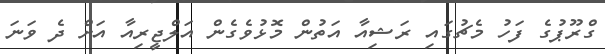
ގްރޫޕުގެ ފަހު މެޗުގައި ރަޝިއާ އަތުން މޮޅުވެގެން އަލްޖީރިއާ އަށް ދެ ވަނަ